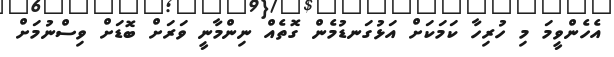
އެހެންވީމަ މި ހުރިހާ ކަމަކަށް އަޅުގަނޑުމެން ގޮތެއް ނިންމާނީ ވަރަށް ބޮޑަށް ވިސްނުމަށް